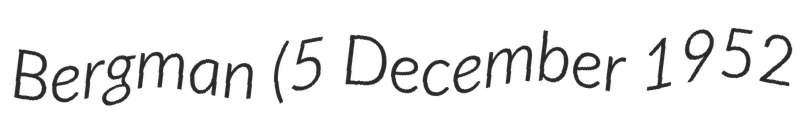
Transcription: Bergman (5 December 1952